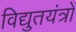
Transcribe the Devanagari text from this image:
विद्युतयंत्रों